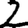
Digit: 2